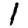
Digit: 1